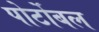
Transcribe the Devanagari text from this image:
पोर्टोबल